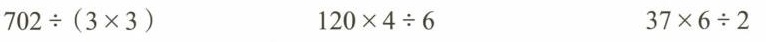
$$7 0 2 \div ( 3 \times 3 )$$ $$1 2 0 \times 4 \div 6$$ $$3 7 \times 6 \div 2$$